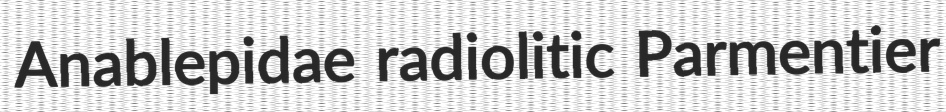
Anablepidae radiolitic Parmentier